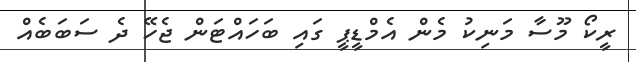
ރީކޯ މޫސާ މަނިކު މެން އެމްޑީޕީ ގައި ބަހައްޓަން ޖެހޭ ދެ ސަބަބެއް